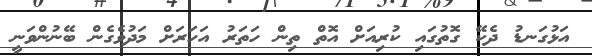
އަޅުގަނޑު ދެކޭ ގޮތުގައި ކުރިއަށް އޮތް ތިން ހަތަރު އަހަރަށް މަދުވެގެން ބޭނުންވަނީ